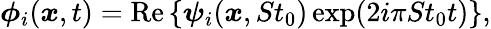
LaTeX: \boldsymbol{\phi}_{i}(\boldsymbol{x},t)=\mathrm{Re}\left\{ \boldsymbol{\psi}_{i}(\boldsymbol{x},St_{0})\exp(2i\pi St_{0}t)\right\} ,